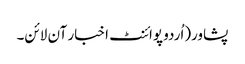
پشاور(اُردو پوائنٹ اخبار آن لائن۔